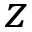
z